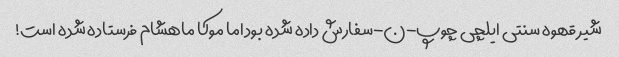
شیر قهوه سنتی ایلچی چوپ-ن-سفارش داده شده بود اما موکا ماهشام فرستاده شده است!